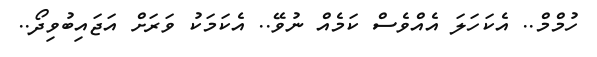
ހުމްމް.. އެކަހަލަ އެއްވެސް ކަމެއް ނުވޭ.. އެކަމަކު ވަރަށް އަޖައިބުވިދޯ..